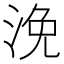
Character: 浼